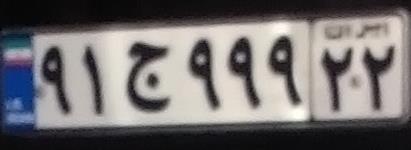
۹۱ج۹۹۹۲۲